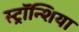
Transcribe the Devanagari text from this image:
स्ट्रॉन्शिया